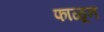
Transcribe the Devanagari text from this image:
फाळून